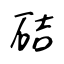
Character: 硈